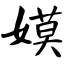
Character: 嫫